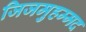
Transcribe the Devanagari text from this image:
जिजमुहम्मद